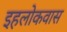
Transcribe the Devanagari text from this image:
इहलोकवास